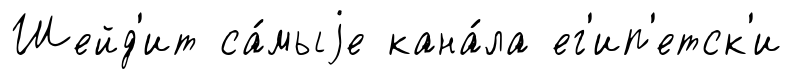
Шейд'ит са́мыjе кана́ла ег'ип'етск'и